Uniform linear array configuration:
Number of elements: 8
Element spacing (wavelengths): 0.25
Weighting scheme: kaiser
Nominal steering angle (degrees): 15
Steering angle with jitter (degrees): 14.866
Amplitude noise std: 0.05
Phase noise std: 0.05

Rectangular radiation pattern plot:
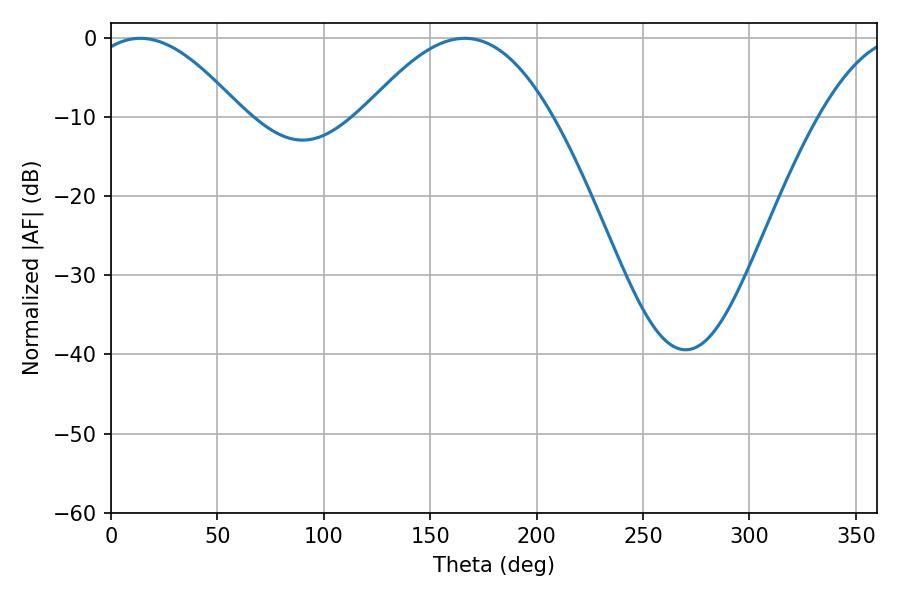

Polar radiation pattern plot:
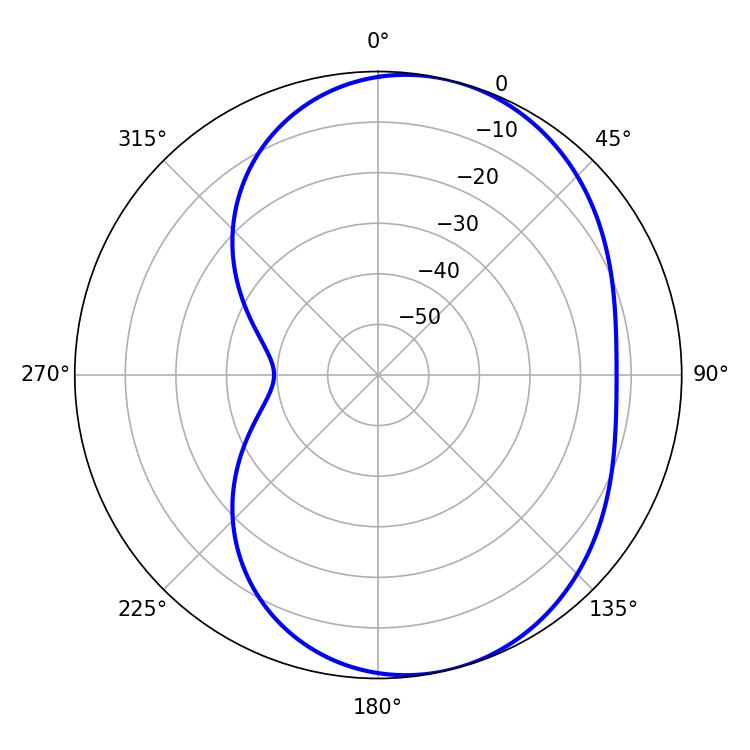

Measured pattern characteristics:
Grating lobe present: FALSE
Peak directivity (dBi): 5.931
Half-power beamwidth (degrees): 39.06
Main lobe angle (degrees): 13.86